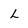
Character: L